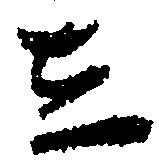
し